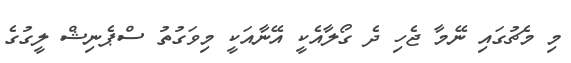
މި މެޗުގައި ނޭމާ ޖެހި ދެ ގޯލާއެކީ އޭނާއަކީ މިވަގުތު ސްޕެނިޝް ލީގުގެ